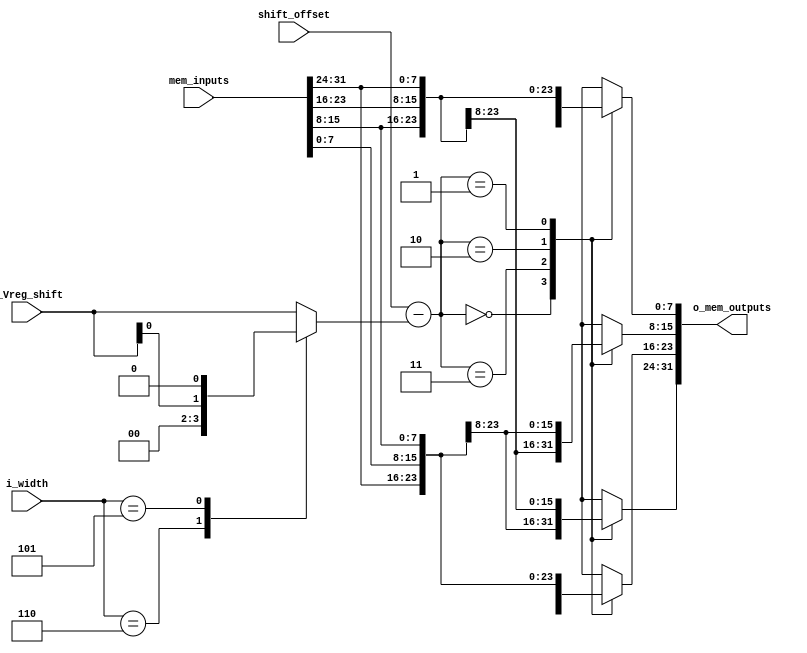
module vector_mem_if #(
    parameter WIDTH = 32
) (
    input wire [WIDTH-1:0] mem_inputs,
    input wire [1:0]       shift_offset,
    input wire [2:0]       i_width,
    input wire [1:0]       i_Vreg_shift,
    output reg [WIDTH-1:0] o_mem_outputs
);

reg [1:0]       Vreg_shift;
always @(i_Vreg_shift or i_width) begin
    case(i_width)
        3'b000:  begin
                    Vreg_shift = i_Vreg_shift;
                end
        3'b110:  begin
                    Vreg_shift = i_Vreg_shift << 2;
                end
        3'b101:  begin
                    Vreg_shift = i_Vreg_shift << 1;
                end
        default: begin
                    Vreg_shift = i_Vreg_shift;
                end
    endcase
end

wire [1:0] error = shift_offset - Vreg_shift;

always @(mem_inputs or error) begin
    case(error)
        2'b00:  begin
                    o_mem_outputs = mem_inputs;
                end
        2'b11:  begin
                    o_mem_outputs[31:24] = mem_inputs[7:0];
                    o_mem_outputs[23:0] = mem_inputs[31:8];
                end
        2'b10:  begin
                    o_mem_outputs[31:16] = mem_inputs[15:0];
                    o_mem_outputs[15:0] = mem_inputs[31:16];
                end
        2'b01:  begin
                    o_mem_outputs[31:8] = mem_inputs[23:0];
                    o_mem_outputs[7:0] = mem_inputs[31:24];
                end
    endcase
end


endmodule